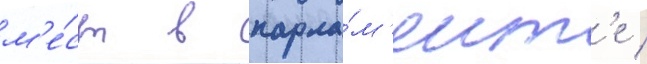
м'е́ст в парла́м'ент'е /